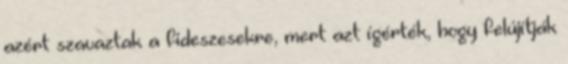
azért szavaztak a fideszesekre, mert azt ígérték, hogy felújítják